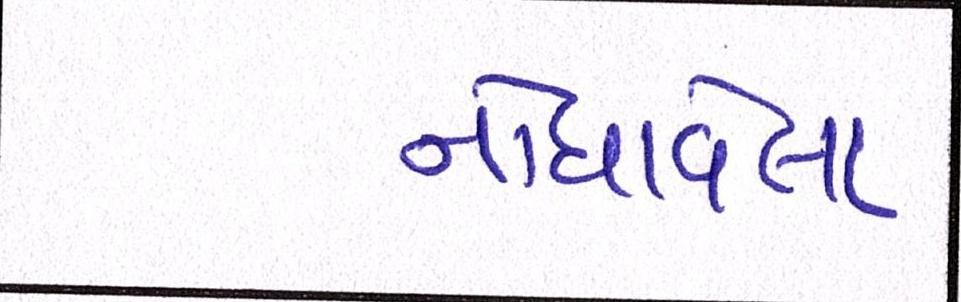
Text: નોંધાવેલા